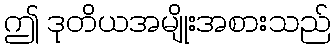
ဤ ဒုတိယအမျိုးအစားသည်